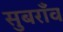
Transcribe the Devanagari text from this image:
सुबराँव